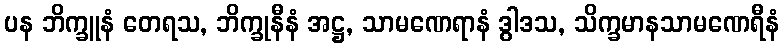
ပန ဘိက္ခူနံ တေရသ, ဘိက္ခုနီနံ အဋ္ဌ, သာမဏေရာနံ ဒွါဒသ, သိက္ခမာနသာမဏေရီနံ